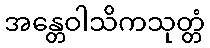
အန္တေဝါသိကသုတ္တံ